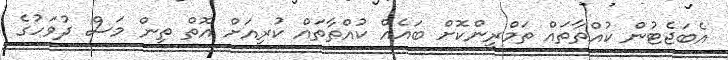
އެބަޖެޓުން ކުއްތާތައް ތަމްރީންކޮށް ބައެއް ކުއްތާތައް ކުރިއަށް އޮތް ތިން މަސް ދުވަހުގެ